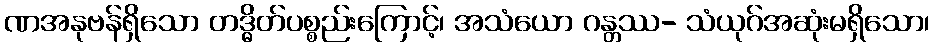
ဏအနုဗန်ရှိသော တဒ္ဓိတ်ပစ္စည်းကြောင့်၊ အသံယော ဂန္တဿ- သံယုဂ်အဆုံးမရှိသော၊